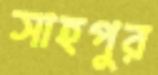
সাহপুর